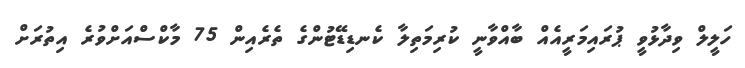
ހަލީލް ވިދާޅުވީ ޕުރައިމަރީއެއް ބާއްވާނީ ކުރިމަތިލާ ކެނޑިޑޭޓުންގެ ތެރެއިން 75 މާކްސްއަށްވުރެ އިތުރަށް